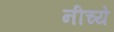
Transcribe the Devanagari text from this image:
नीच्ये